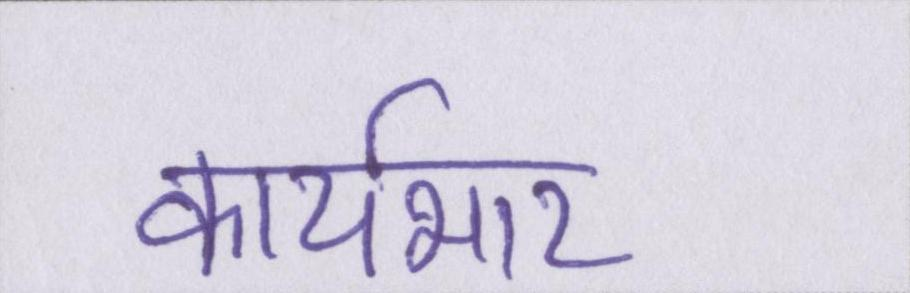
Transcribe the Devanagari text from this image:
कार्यभार